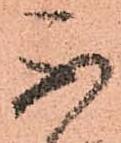
不